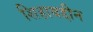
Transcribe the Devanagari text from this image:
शिहाबद्दीन